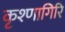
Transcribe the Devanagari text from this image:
कृश्णागिरि